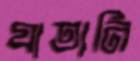
যাতানি